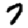
Digit: 7